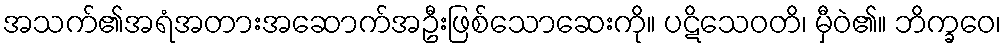
အသက်၏အရံအတားအဆောက်အဦးဖြစ်သောဆေးကို။ ပဋိသေဝတိ၊ မှီဝဲ၏။ ဘိက္ခဝေ၊